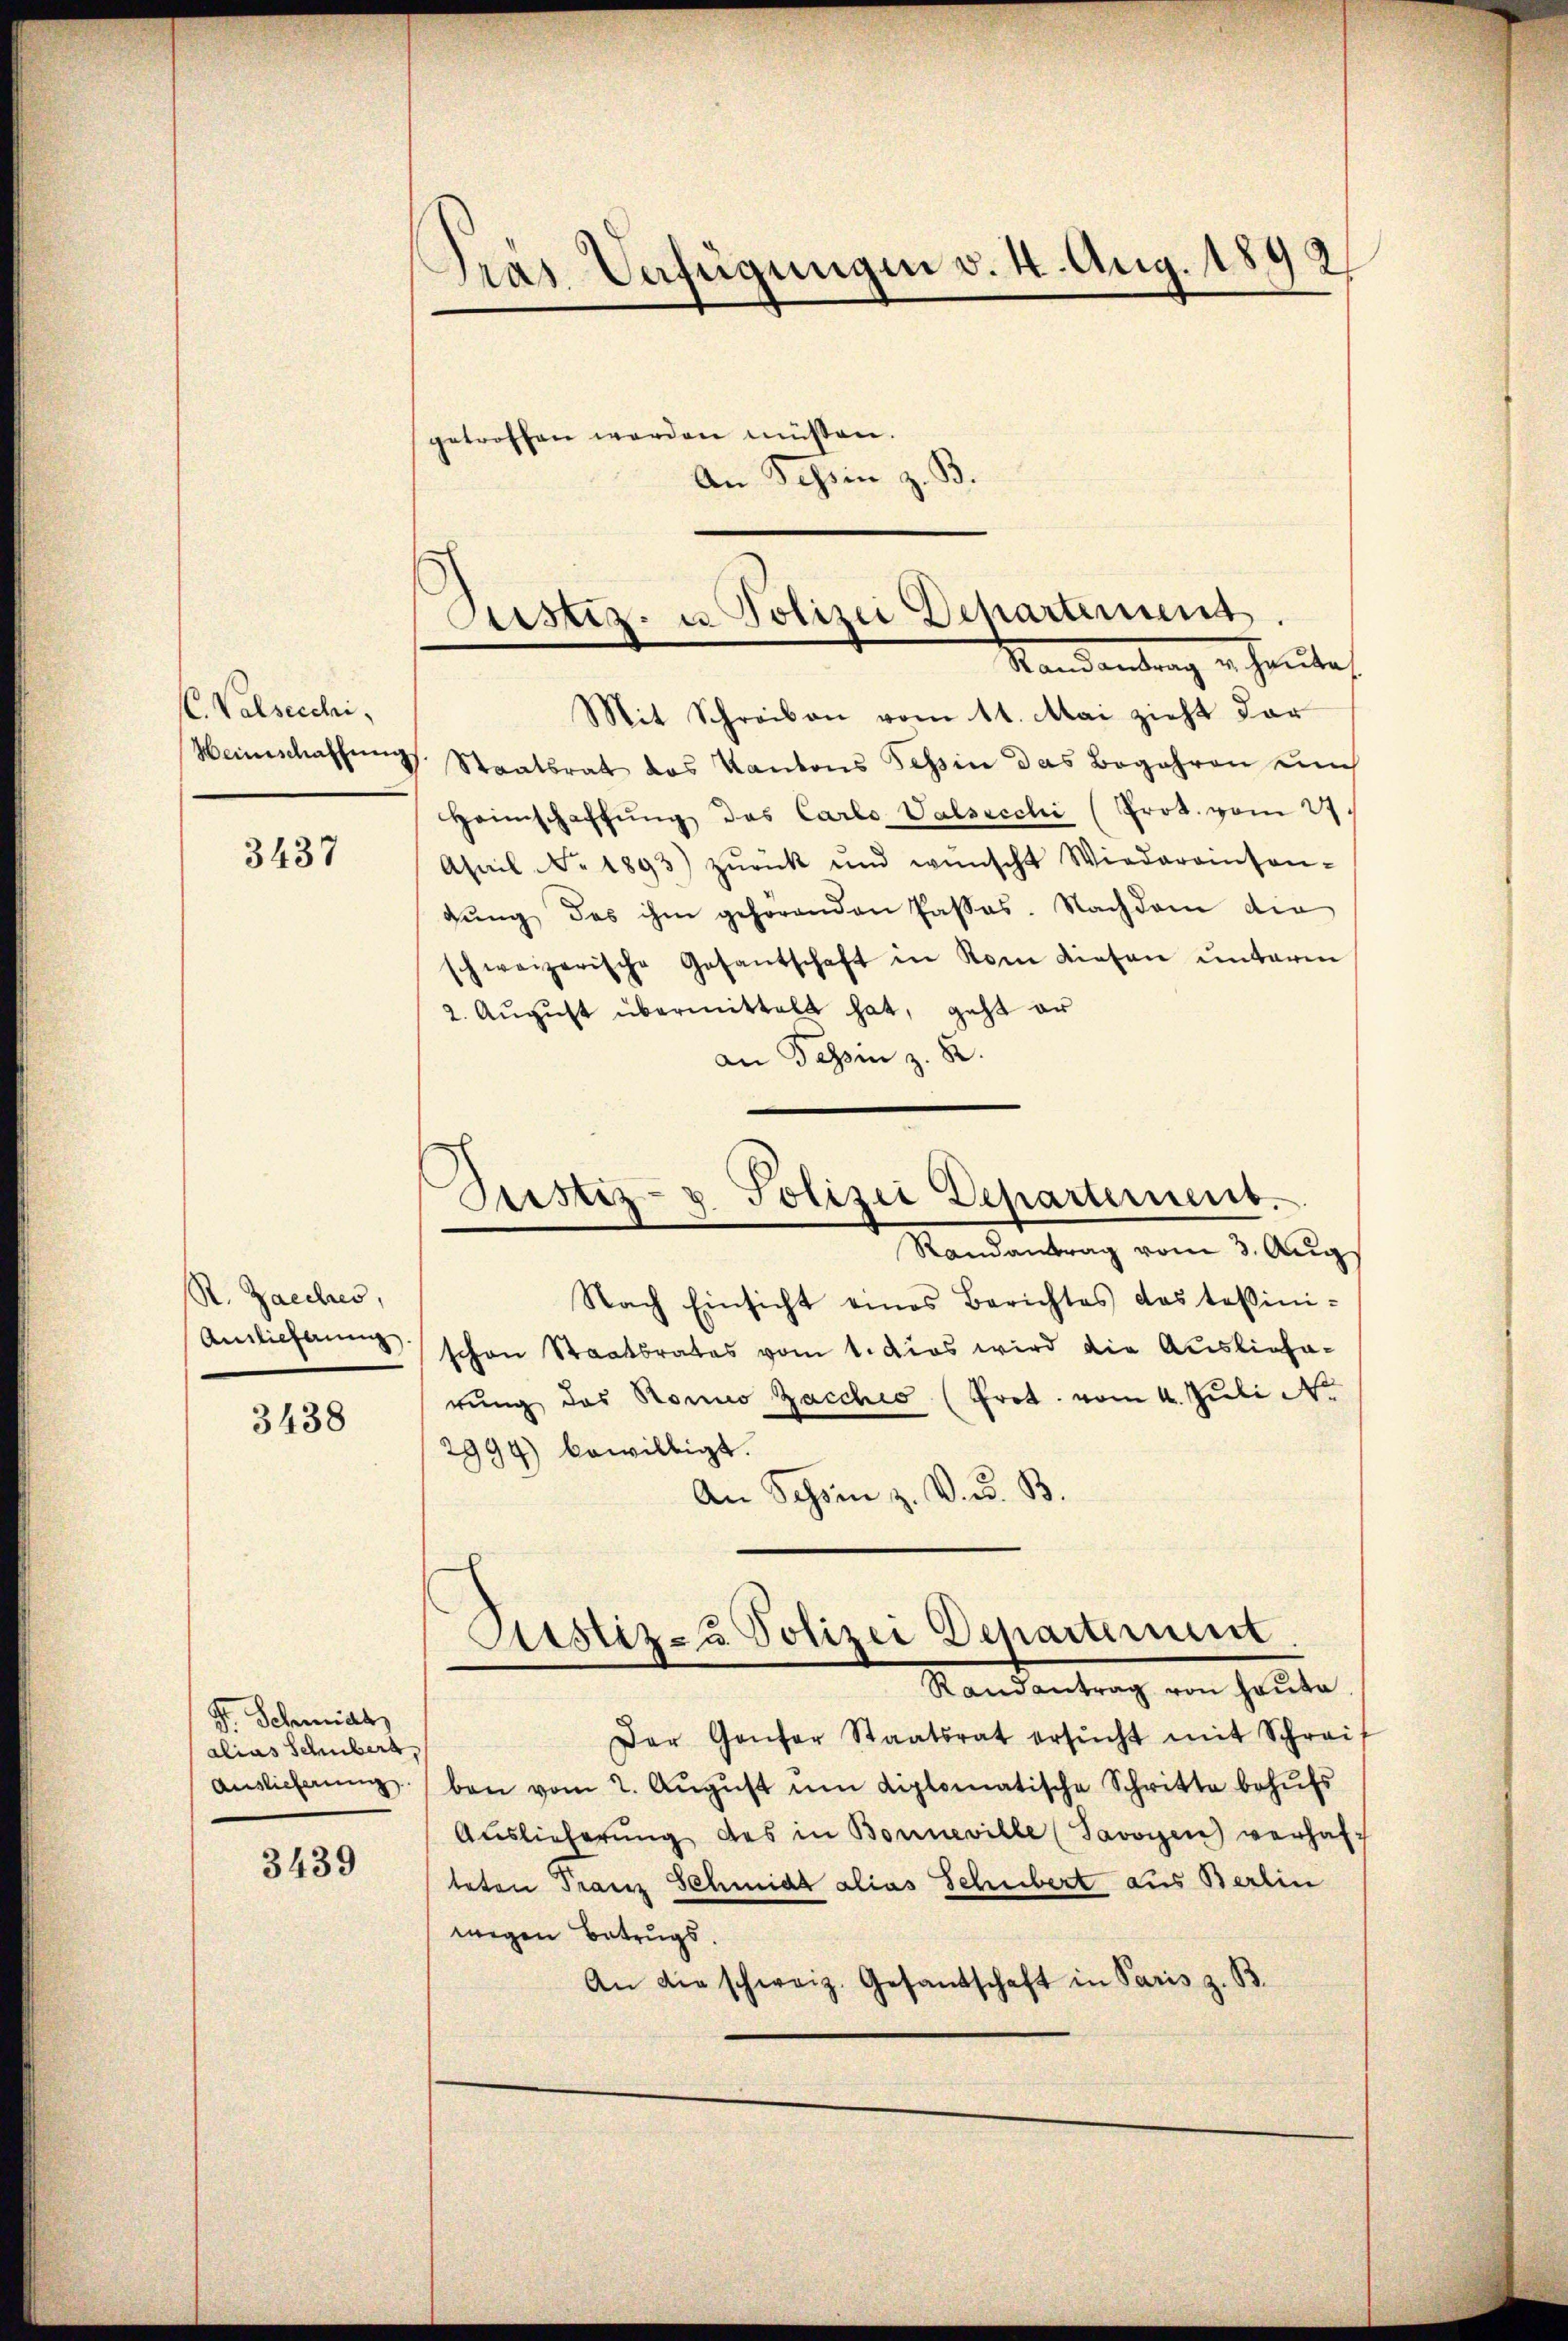
C. Valsecchi,
Weinschaffung

3437

R. Zacches,
Auslieferung

3438

3439

Gras Verfügungen v. 4. Aug. 1892.

getroffen werden müßen.
n z. B.
An Schr

F. Schmidt
alias Schubert,
Auslieferung

Custiz- u Polizei Departemens
Mandantrag er heute
Mit Schreiben vom 11. Mai zieht dar

Staatsrat das Kantons Tessin das Begehren un
Heimschaffŭng des Carlo Valsecchi (Prot. vom 27.
Asail No 1893) zŭrück und wünscht Wiederamson-
gung des ihm gehörenden Passes. Nachdem die
schweizerische Gesantschaft in Rom diesen unterm
2. August übermittelt hat, geht er
an Tessin z. 82.
Nach Einsicht eines Berichtes das tessini-
schon Staatsrates vom 1. das wird die Ausliefa-
rung das Romo Zacchio (Prot. vom 4. Juli
2994) bewilligt.
An Schön z. V. d. B.
Sistiz- & Polizei Departement
Randantrag von heute
Der Genfer Staatsrat ersŭcht mit Schrei
ben vom 2. Aŭgŭst um diplomatische Schritte behŭfs
Auslieferŭng des in Bonneville (Savoyen verhaf
teten Franz Schmidt alias Schubert aus Berlin
wegen Betrugs.
An die schweiz. Gesandtschaft in Paris z. B.

Justiz- u. Polizei Departement.
Randantrag vom 3. Aug